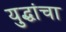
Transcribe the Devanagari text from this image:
युद्धांचा